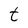
Character: t